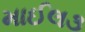
માઈલ૩